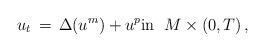
LaTeX: \begin{align*}u_t \,=\, \Delta (u^m)+ u^p \textrm{in}\;\; M\times (0,T)\,,\end{align*}